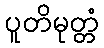
ပူတိမုတ္တံ